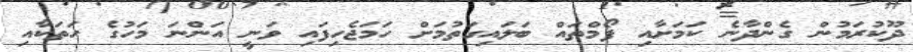
ދޫކުރަމުން ގެންދާނެ ކަމަށާއި ފޯމްތައް ބަލައިގަތުމަށް ހަމަޖެހިފައި ވަނީ އަންނަ މަހުގެ ހަތަކާއި